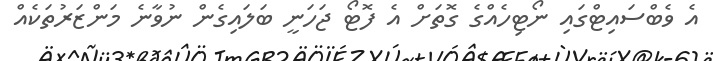
އެ ވެބްސައިޓްގައި ނޯޓިހެއްގެ ގޮތަށް އެ ފޮޓޯ ޖަހަނީ ބަލައިގެން ނުވާނެ މަންޒަރުތަކެއް